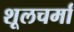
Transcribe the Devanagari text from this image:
शूलचर्मां